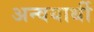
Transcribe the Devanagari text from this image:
अन्वयार्थी